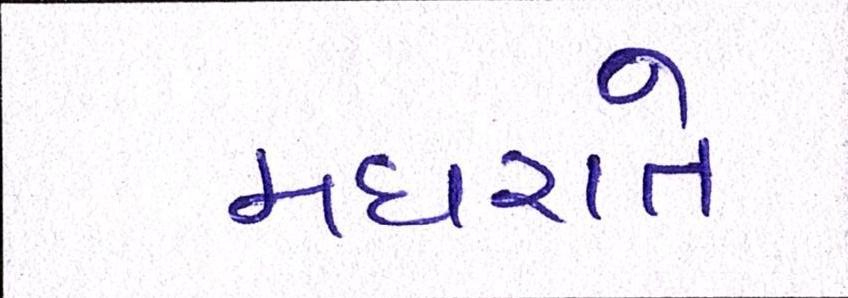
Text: મધરાતે